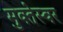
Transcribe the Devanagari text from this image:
मुक्तेस्वर